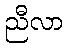
ညီလာ